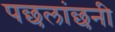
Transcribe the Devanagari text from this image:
पछलांछनी